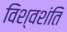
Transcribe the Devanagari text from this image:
विश्वशंति